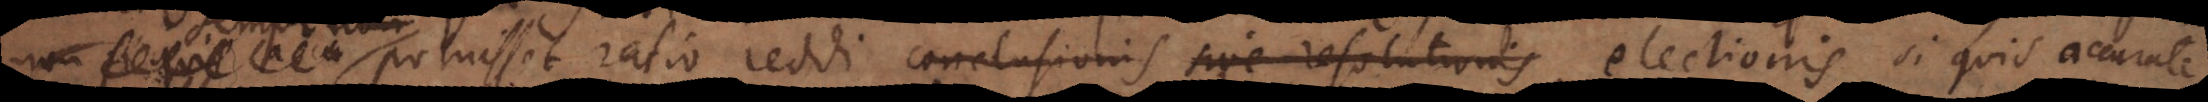
acc semper potuisset ratio reddi conclusionis sive resolutionis electionis, si quis accurate